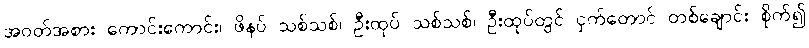
အဝတ်အစား ကောင်းကောင်း၊ ဖိနပ် သစ်သစ်၊ ဦးထုပ် သစ်သစ်၊ ဦးထုပ်တွင် ငှက်တောင် တစ်ချောင်း စိုက်၍